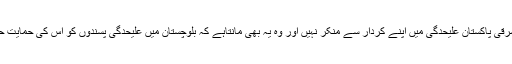
بھارت مشرقی پاکستان علیحدگی میں اپنے کردار سے منکر نہیں اور وہ یہ بھی مانتاہے کہ بلوچستان میں علیحدگی پسندوں کو اس کی حمایت حاصل ہے۔